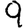
Digit: 9